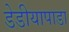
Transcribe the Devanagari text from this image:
डेडीयापाडा